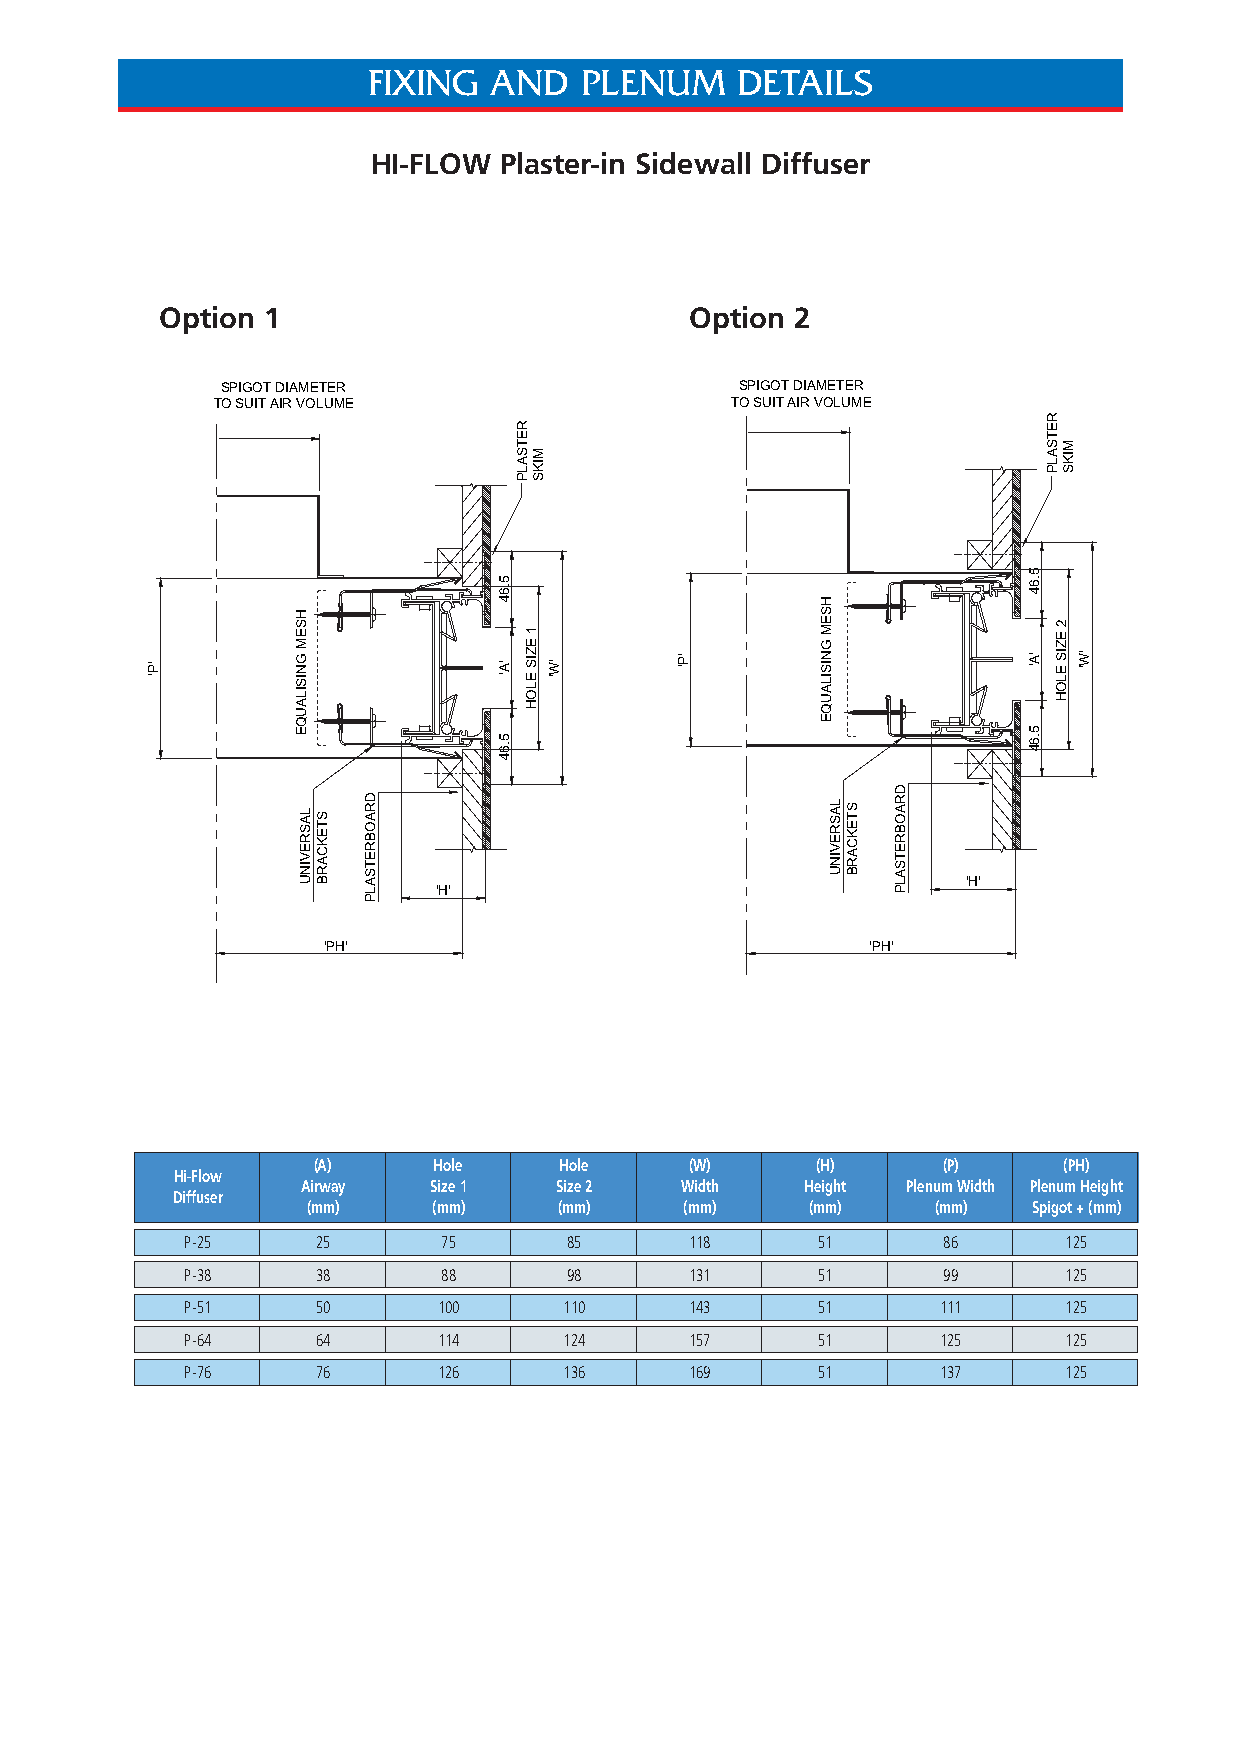
FIXING  AND   PLENUM     DETAILS
 HI-FLOW Plaster-in Sidewall Diffuser
 Option 1                           Option 2
 SPIGOT DIAMETER                   SPIGOT DIAMETER
 TO SUIT AIR VOLUME                TO SUIT AIR VOLUME
 'H'
 'H'
 'PH'                                 'PH'
 (A)     Hole    Hole     (W)     (H)     (P)     (PH)
 Hi-Flow
 Airway  Size 1   Size 2  Width   Height Plenum Width Plenum Height
 Diffuser
 (mm)     (mm)    (mm)    (mm)     (mm)    (mm)  Spigot + (mm)
 P-25     25      75       85      118     51      86       125
 P-38     38      88       98      131     51      99       125
 P-51     50      100     110      143     51      111      125
 P-64     64      114     124      157     51      125      125
 P-76     76      126     136      169     51      137      125
 'P'
 HSEM
 GNISILAUQE
 LASREVINU STEKCARB DRAOBRETSALP
 5.64
 'A'
 5.64
 RETSALP
 1
 EZIS
 ELOH
 MIKS
 'W'
 'P'
 HSEM
 GNISILAUQE
 LASREVINU STEKCARB
 DRAOBRETSALP
 5.64
 'A'
 5.64
 RETSALP
 2
 EZIS
 ELOH
 MIKS
 'W'